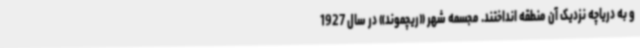
و به دریاچه نزدیک آن منطقه انداختند. مجسمه شهر «ریچموند» در سال 1927